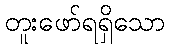
တူးဖော်ရရှိသော